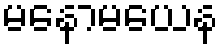
မနောမယေန